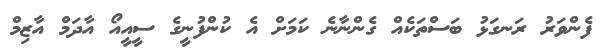
ފެންވަރު ރަނގަޅު ބަސްތަކެއް ގެންނާނެ ކަމަށް އެ ކުންފުނީގެ ސީއީއޯ އާދަމް އާޒިމް